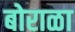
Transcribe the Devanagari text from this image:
बोराळा